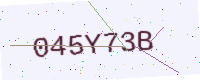
Text: 045Y73B